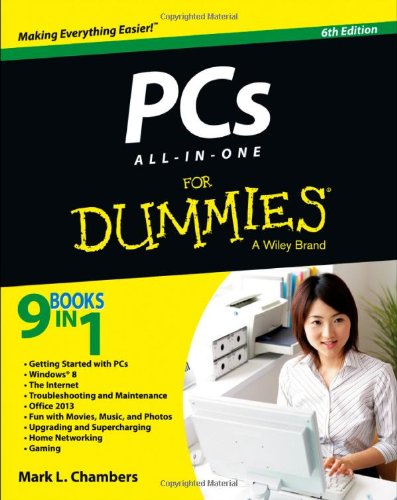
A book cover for PCs All-in-One For Dummies (For Dummies (Computer/Tech)); Mark L. Chambers; Computers & Technology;